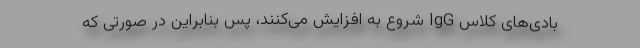
بادی‌های کلاس IgG شروع به افزایش می‌کنند، پس بنابراین در صورتی که